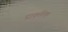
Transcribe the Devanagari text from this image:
प्राक्रतिक्